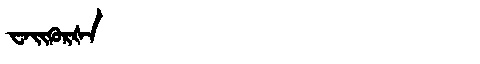
Manchu: ᠸᠠᡳᡴᡠᡵᡧᠠ
Romanization: WAIKURŠA